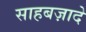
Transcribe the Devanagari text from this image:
साहबज़ादे